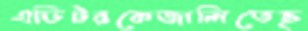
এডিটরকেজালিতেছ